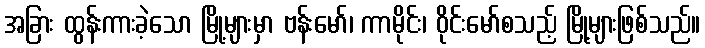
အခြား ထွန်းကားခဲ့သော မြို့များမှာ ဗန်းမော်၊ ကာမိုင်း၊ ဝိုင်းမော်စသည့် မြို့များဖြစ်သည်။